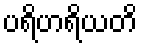
ပရိဟရိယတိ